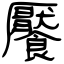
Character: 饜